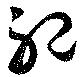
祀